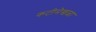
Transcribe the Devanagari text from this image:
कटीमेखळा